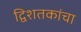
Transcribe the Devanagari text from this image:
द्विशतकांचा